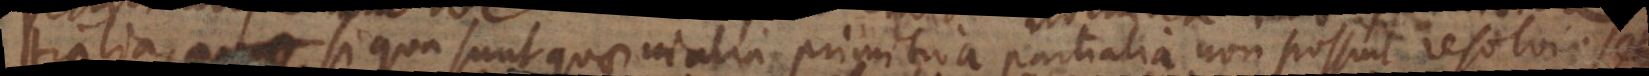
partialia, si qua sunt quae in alia primitiva partialia non possint resolvi. Sed